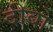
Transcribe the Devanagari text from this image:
दीबो